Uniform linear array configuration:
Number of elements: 32
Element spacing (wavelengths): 1
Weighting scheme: kaiser
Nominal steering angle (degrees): -15
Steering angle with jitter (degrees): -15.311
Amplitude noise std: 0.05
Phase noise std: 0.05

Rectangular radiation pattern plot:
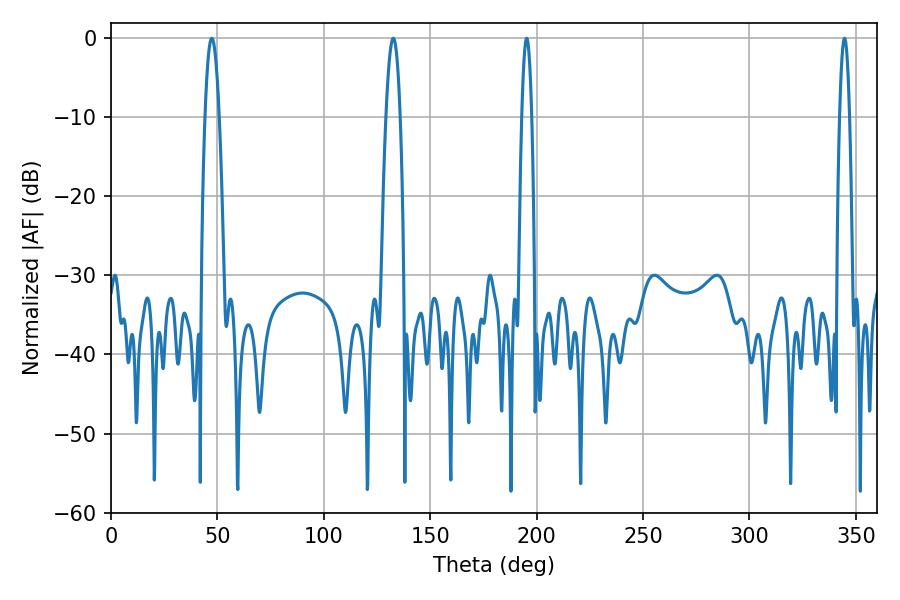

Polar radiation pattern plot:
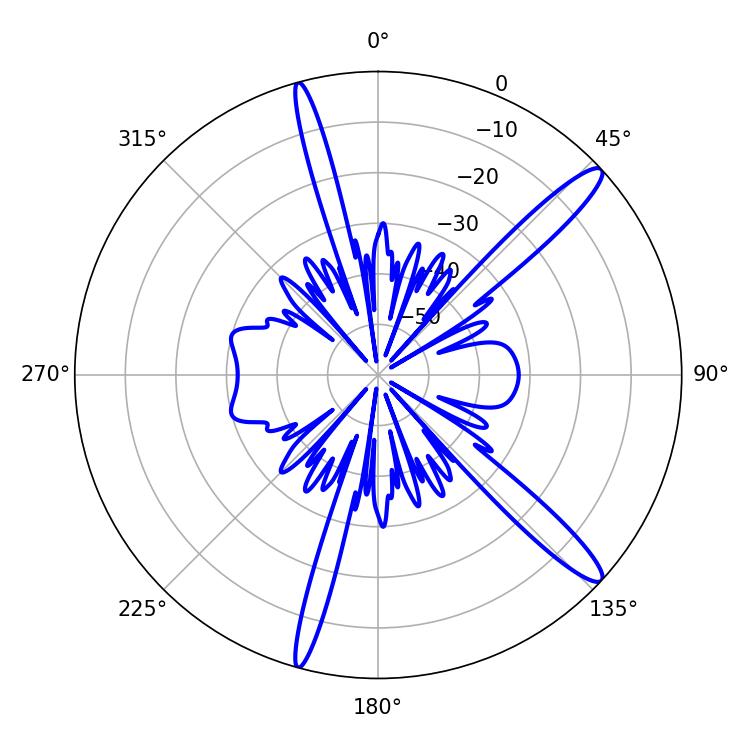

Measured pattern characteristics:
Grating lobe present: TRUE
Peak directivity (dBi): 14.169
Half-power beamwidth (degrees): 3.6
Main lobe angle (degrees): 47.34